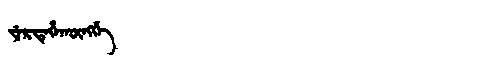
Manchu: ᠶᡝᡵᡨᡝᡥᠠᡴᡡᠩᡤᡝ
Romanization: YERTEHAKŪNGGE